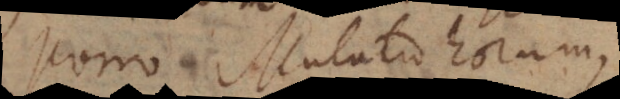
Porro Mutatio horum,